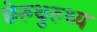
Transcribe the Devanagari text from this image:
छेरुथुरुथ्य